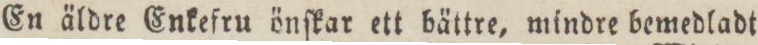
En äldre Enkefru önſkar ett bättre, mindre bemedladt